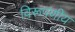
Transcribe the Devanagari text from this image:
विरूपणीय